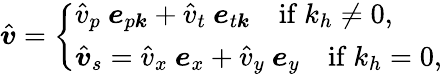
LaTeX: \hat{\boldsymbol{v}}=\left\{ \begin{array}{ll}{\hat{v}_{p}~\boldsymbol{e}_{p\boldsymbol{k}}+\hat{v}_{t}~\boldsymbol{e}_{t\boldsymbol{k}}~~~~\mathrm{if}~k_{h}\neq 0,}\\ {\hat{\boldsymbol{v}}_{s}=\hat{v}_{x}~\boldsymbol{e}_{x}+\hat{v}_{y}~\boldsymbol{e}_{y}~~~~\mathrm{if}~k_{h}=0,}\end{array}\right.